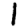
Digit: 1